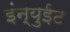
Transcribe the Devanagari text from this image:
इंन्युईट